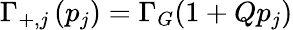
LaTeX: \Gamma_{+,j}\left(p_{j}\right)=\Gamma_{G}(1+Qp_{j})